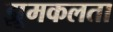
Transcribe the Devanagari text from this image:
झूमकलता